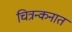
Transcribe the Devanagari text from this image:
चित्रन्कनात